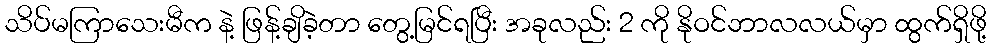
သိပ်မကြာသေးမီက နဲ့ ဖြန့်ချိခဲ့တာ တွေ့မြင်ရပြီး အခုလည်း 2 ကို နိုဝင်ဘာလလယ်မှာ ထွက်ရှိဖို့